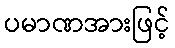
ပမာဏအားဖြင့်